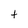
Character: t